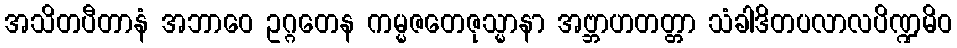
အသိတပီတာနံ အဘာဝေ ဥဂ္ဂတေန ကမ္မဇတေဇုသ္မာနာ အဗ္ဘာဟတတ္တာ သံခါဒိတပလာလပိဏ္ဍမိဝ